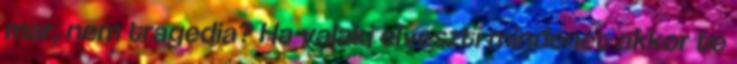
mar, nem tragedia? Ha valaki elveszti mindenet akkor te